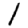
Digit: 1